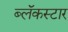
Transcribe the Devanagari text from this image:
ब्लॅकस्टार